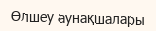
Өлшеу аунақшалары